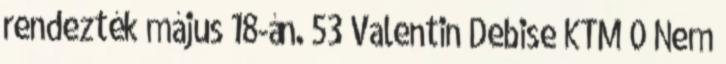
rendezték május 18-án. 53 Valentin Debise KTM 0 Nem